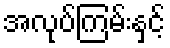
အလုပ်ကြမ်းနှင့်